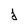
Character: j